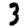
Digit: 3